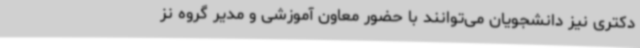
دکتری نیز دانشجویان می‌توانند با حضور معاون آموزشی و مدیر گروه نز